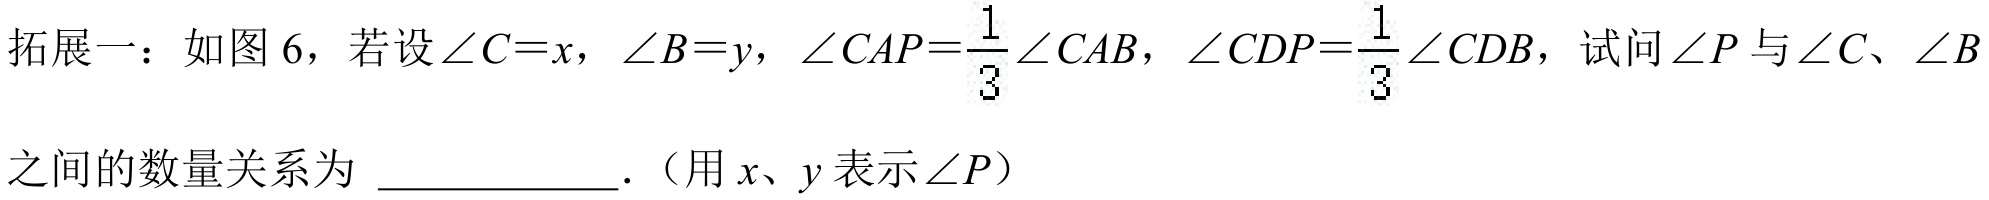
拓展一：如图 6，若设\(\angle C = x\)，\(\angle B = y\)，\(\angle CAP=\frac{1}{3}\angle CAB\)，\(\angle CDP=\frac{1}{3}\angle CDB\)，试问\(\angle P\)与\(\angle C\)、\(\angle B\)之间的数量关系为 ____________.（用\(x、y\)表示\(\angle P\)）